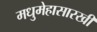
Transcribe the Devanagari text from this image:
मधुमेहासारखी